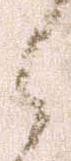
之